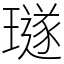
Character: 璲